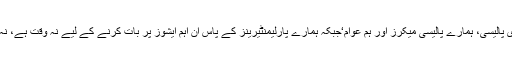
یہ ہے ہماری پالیسی، ہمارے پالیسی میکرز اور ہم عوام‘جبکہ ہمارے پارلیمنٹیرینز کے پاس ان اہم ایشوز پر بات کرنے کے لیے نہ وقت ہے، نہ ہی دلچسپی۔